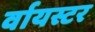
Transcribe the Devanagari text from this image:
र्वायस्टर